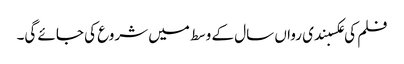
فلم کی عکسبندی رواں سال کے وسط میں شروع کی جائے گی۔